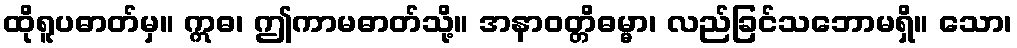
ထိုရူပဓာတ်မှ။ ဣဓ၊ ဤကာမဓာတ်သို့။ အနာဝတ္တိဓမ္မာ၊ လည်ခြင်သဘောမရှိ။ သော၊